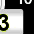
Digit: 3